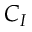
C _ { I }